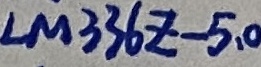
Text: LM336Z-5,0